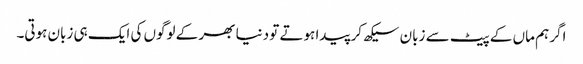
اگر ہم ماں کے پیٹ سے زبان سیکھ کر پیدا ہوتے تو دنیا بھر کے لوگوں کی ایک ہی زبان ہوتی۔